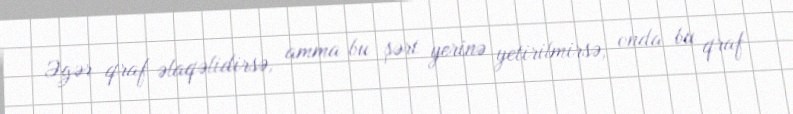
Əgər qraf əlaqəlidirsə, amma bu şərt yerinə yetirilmirsə, onda bu qraf